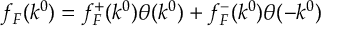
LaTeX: f _ { F } ( k ^ { 0 } ) = f _ { F } ^ { + } ( k ^ { 0 } ) \theta ( k ^ { 0 } ) + f _ { F } ^ { - } ( k ^ { 0 } ) \theta ( - k ^ { 0 } )